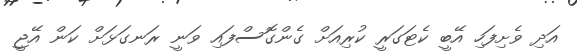
އަދި ވެށިފަހި އޭބީ ކެޓަގަރީ ކުރިއަށް ގެންގޮސްފައި ވަނީ ރަނގަޅަށް ކަން އޭޖީ